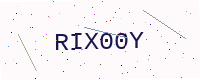
Text: RIX00Y